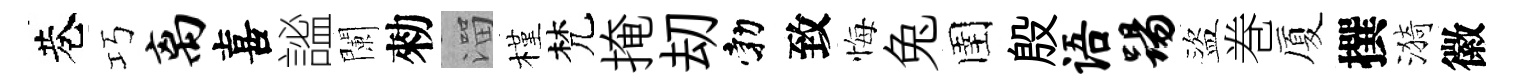
巷巧离喜謐闌勑溜槿梵掩刧勃致悔兔圉殷语踢盜巻厦撰漪徽